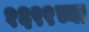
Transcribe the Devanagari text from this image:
१६९९च्या